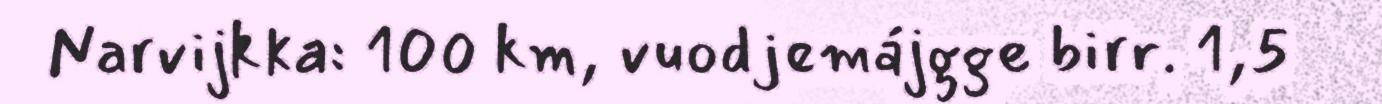
Narvijkka: 100 km, vuodjemájgge birr. 1,5